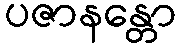
ပဇာနန္တော